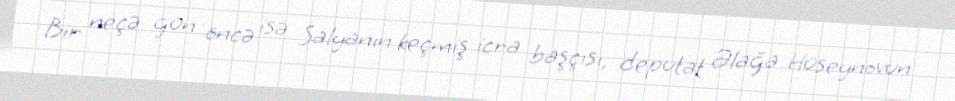
Bir neçə gün öncə isə Salyanın keçmiş icra başçısı, deputat Əlağa Hüseynovun